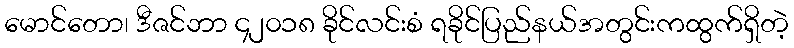
မောင်တော၊ ဒီဇင်ဘာ ၄၂၀၁၈ ခိုင်လင်းစံ ရခိုင်ပြည်နယ်အတွင်းကထွက်ရှိတဲ့